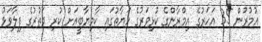
އުމުރުން 35 އަހަރުގެ އިމްރާންގެ ކުޅިވަރުގެ ހަޔާތުގައި ކާމިޔާބީއަށް ކުރި ދަތުރުގެ ފިލާވަޅު